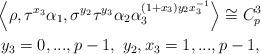
LaTeX: \begin{align*}&\left\langle\rho,\tau^{x_{3}}\alpha_{1},\sigma^{y_{2}}\tau^{y_{3}}\alpha_{2}\alpha_{3}^{\left(1+x_{3}\right)y_{2}x_{3}^{-1}} \right\rangle \cong C_{p}^{3}\\& \ y_{3}=0,...,p-1, \ y_{2},x_{3}=1,...,p-1, \end{align*}